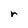
Character: r